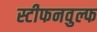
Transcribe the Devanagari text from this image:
स्टीफनवुल्फ